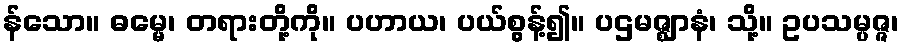
န်သော။ ဓမ္မေ၊ တရားတို့ကို။ ပဟာယ၊ ပယ်စွန့်၍။ ပဌမဇ္ဈာနံ၊ သို့။ ဥပသမ္ပဇ္ဇ၊